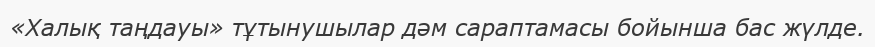
«Халық таңдауы» тұтынушылар дәм сараптамасы бойынша бас жүлде.